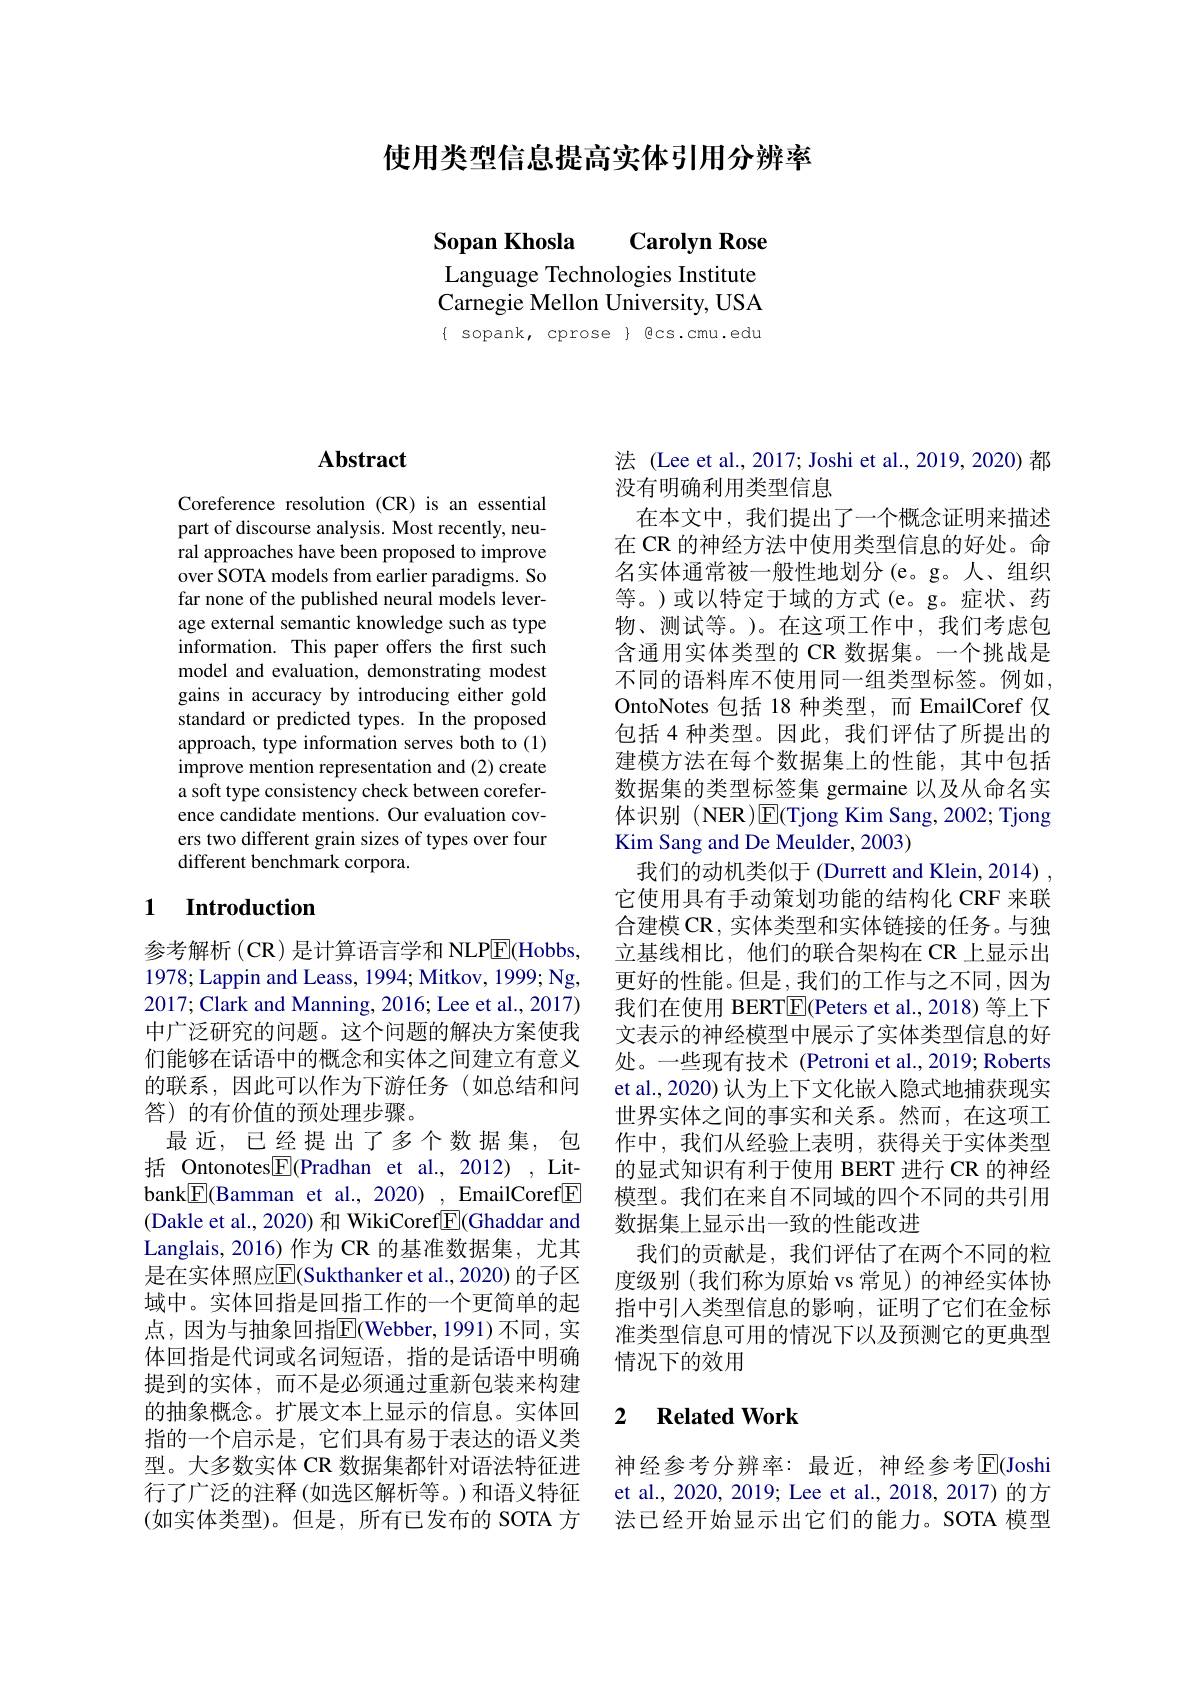
使用类型信息提高实体引用分辨率

Sopan Khosla Carolyn Rose Language Technologies Institute Carnegie Mellon University, USA $\{$ sopank, cprose $\}$ Ecs.cmu.edu

## $\mathbf{Abstract}$

Coreference resolution (CR) is an essential part of discourse analysis. Most recently, neural approaches have been proposed to improve over SOTA models from earlier paradigms. So far none of the published neural models leverage external semantic knowledge such as type information. This paper offers the first such model and evaluation, demonstrating modest gains in accuracy by introducing either gold standard or predicted types. In the proposed approach, type information serves both to (1) improve mention representation and (2) create a soft type consistency check between coreference candidate mentions. Our evaluation covers two different grain sizes of types over four different benchmark corpora.

## 1 Introduction

参考解析 (CR) 是计算语言学和 NLP$\underline{\mathrm{E}}($Hobbs, 1978; Lappin and Leass, 1994; Mitkov, 1999; Ng, 2017;Clark and Manning, 2016; Lee et al., 2017) 中广泛研究的问题。这个问题的解决方案使我们能够在话语中的概念和实体之间建立有意义的联系，因此可以作为下游任务(如总结和问答) 的有价值的预处理步骤。
最近，已经提出了多个数据集，包括 Ontonotes|E|Pradhan et al.,2012),Litbank$\boxed{\mathrm{F}}($Bamman et al.,2020) , EmailCoref$\boxed{\mathrm{E}}$ (Dakle et al., 2020) 和 WikiCoref$\boxed{\mathrm{F}}($Ghaddar and Langlais, 2016) 作为 CR 的基准数据集，尤其是在实体照应$\overline{\mathrm{E}}$(Sukthanker et al.,2020) 的子区域中。实体回指是回指工作的一个更简单的起点，因为与抽象回指$\overline{\mathrm{E}}($Webber,1991)不同，实体回指是代词或名词短语，指的是话语中明确提到的实体，而不是必须通过重新包装来构建的抽象概念。扩展文本上显示的信息。实体回指的一个启示是，它们具有易于表达的语义类型。大多数实体 CR 数据集都针对语法特征进行了广泛的注释 (如选区解析等。)和语义特征(如实体类型)。但是，所有已发布的 SOTA 方

法 (Lee et al., 2017; Joshi et al., 2019, 2020) 都
没有明确利用类型信息
在本文中，我们提出了一个概念证明来描述在 CR 的神经方法中使用类型信息的好处。命名实体通常被一般性地划分(e。g。人、组织等。)或以特定于域的方式(e。g。症状、药物、测试等。)。在这项工作中，我们考虑包含通用实体类型的 CR 数据集。一个挑战是不同的语料库不使用同一组类型标签。例如， OntoNotes 包括 18 种类型，而 EmailCoref 仅包括 4 种类型。因此，我们评估了所提出的建模方法在每个数据集上的性能，其中包括数据集的类型标签集 germaine 以及从命名实体识别 (NER )$\overline{\mathrm{E}}($Tjong Kim Sang, 2002; Tjong Kim Sang and De Meulder, 2003)
我们的动机类似于 (Durrett and Klein, 2014) , 它使用具有手动策划功能的结构化 CRF 来联合建模 CR , 实体类型和实体链接的任务。与独立基线相比，他们的联合架构在 CR 上显示出更好的性能。但是，我们的工作与之不同，因为我们在使用 BERT$\boxed{\mathrm{E}}($Peters et al., 2018) 等上下文表示的神经模型中展示了实体类型信息的好处。一些现有技术 (Petroni et al.,2019; Roberts et al., 2020) 认为上下文化嵌入隐式地捕获现实世界实体之间的事实和关系。然而，在这项工作中，我们从经验上表明，获得关于实体类型的显式知识有利于使用 BERT 进行 CR 的神经模型。我们在来自不同域的四个不同的共引用数据集上显示出一致的性能改进
我们的贡献是，我们评估了在两个不同的粒度级别 (我们称为原始 vs 常见) 的神经实体协指中引人类型信息的影响，证明了它们在金标准类型信息可用的情况下以及预测它的更典型情况下的效用

### 2 $\textbf{Related Work}$

神经参考分辨率：最近，神经参考$\overline{\mathrm{E}}($Joshi et al., 2020, 2019; Lee et al., 2018, 2017) 的方法已经开始显示出它们的能力。SOTA 模型